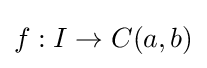
f:I\rightarrow C(a,b)